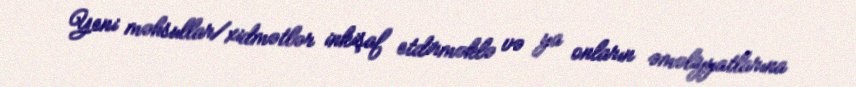
Yeni məhsullar/xidmətlər inkişaf etdirməklə və ya onların əməliyyatlarına